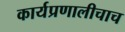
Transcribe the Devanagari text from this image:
कार्यप्रणालीचाच